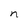
Character: n